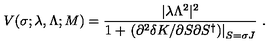
V ( \sigma ; \lambda , \Lambda ; M ) = \frac { | \lambda \Lambda ^ { 2 } | ^ { 2 } } { 1 + \left. \left( \partial ^ { 2 } \delta K / \partial S \partial S ^ { \dagger } \right) \right| _ { S = \sigma J } } \ .